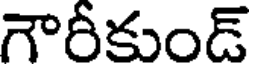
గౌరీకుండ్